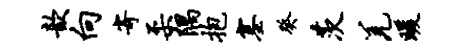
歆向寄柔隅抱塞癸茨羌暖